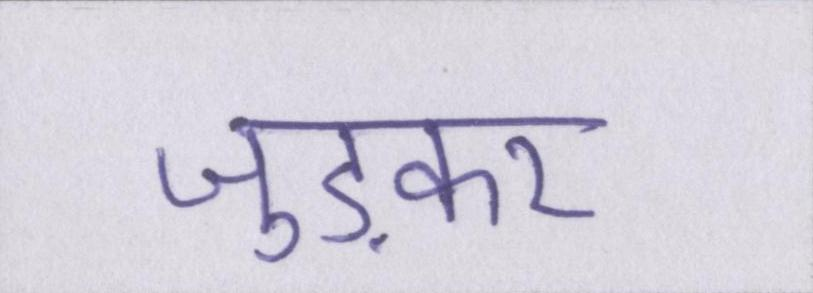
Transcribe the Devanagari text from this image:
जुड़कर